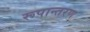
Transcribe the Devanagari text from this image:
रूपान्‍तरण